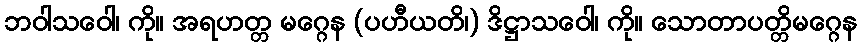
ဘဝါသဝေါ၊ ကို။ အရဟတ္တ မဂ္ဂေန (ပဟီယတိ၊) ဒိဋ္ဌာသဝေါ၊ ကို။ သောတာပတ္တိမဂ္ဂေန